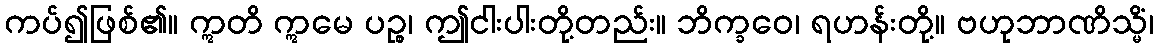
ကပ်၍ဖြစ်၏။ ဣတိ ဣမေ ပဉ္စ၊ ဤငါးပါးတို့တည်း။ ဘိက္ခဝေ၊ ရဟန်းတို့။ ဗဟုဘာဏိသ္မိံ၊